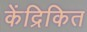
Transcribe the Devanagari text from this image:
केंद्रिकित